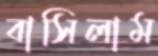
বাসিলাম